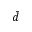
\bar { d }